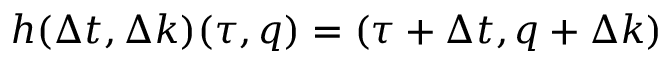
h ( \Delta t , \Delta k ) ( \tau , q ) = ( \tau + \Delta t , q + \Delta k )